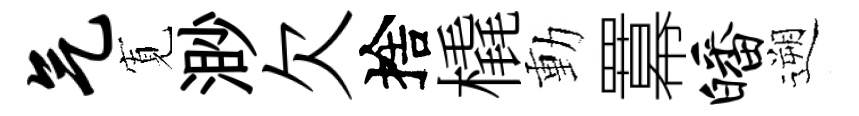
气𡩖渺欠捨橇動羃皤遡